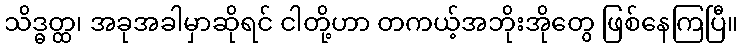
သိဒ္ဓတ္ထ၊ အခုအခါမှာဆိုရင် ငါတို့ဟာ တကယ့်အဘိုးအိုတွေ ဖြစ်နေကြပြီ။